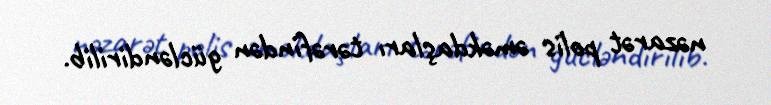
nəzarət polis əməkdaşları tərəfindən gücləndirilib.